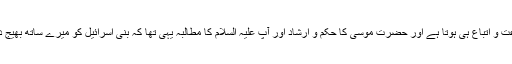
چونکہ پیغمبر کا حق اِطاعت و اِتباع ہی ہوتا ہے اور حضرت موسیٰؑ کا حکم و ارشاد اور آپ علیہ السلام کا مطالبہ یہی تھا کہ بنی اسرائیل کو میرے ساتھ بھیج دو اور انکو عذاب مت دو ۔